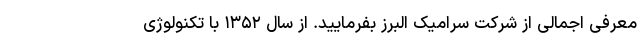
معرفی اجمالی از شرکت سرامیک البرز بفرمایید. از سال ۱۳۵۲ با تکنولوژی